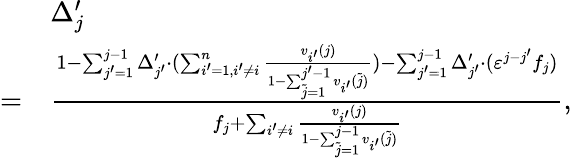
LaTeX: \begin{array}{rl}&{\Delta_{j}^{\prime}}\\ {=}&{\frac{1-\sum_{j^{\prime}=1}^{j-1}\Delta_{j^{\prime}}^{\prime}\cdot(\sum_{i^{\prime}=1,i^{\prime}\neq i}^{n}\frac{v_{i^{\prime}}(j)}{1-\sum_{\tilde{j}=1}^{j^{\prime}-1}v_{i^{\prime}}(\tilde{j})})-\sum_{j^{\prime}=1}^{j-1}\Delta_{j^{\prime}}^{\prime}\cdot(\varepsilon^{j-j^{\prime}}f_{j})}{f_{j}+\sum_{i^{\prime}\neq i}\frac{v_{i^{\prime}}(j)}{1-\sum_{\tilde{j}=1}^{j-1}v_{i^{\prime}}(\tilde{j})}},}\end{array}